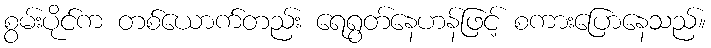
စွမ်းပိုင်က တစ်ယောက်တည်း ရေရွတ်နေဟန်ဖြင့် စကားပြောနေသည်။